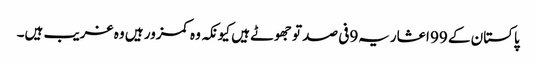
پاکستان کے 99 اعشاریہ9فی صد تو جھوٹے ہیں کیونکہ وہ کمزور ہیں وہ غریب ہیں۔